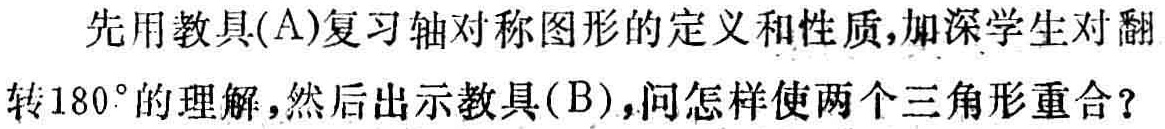
先用教具(A)复习轴对称图形的定义和性质,加深学生对翻转\(180^{\circ}\)的理解,然后出示教具(B),问怎样使两个三角形重合？